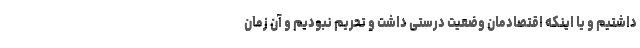
داشتیم و یا اینکه اقتصادمان وضعیت درستی داشت و تحریم نبودیم و آن زمان